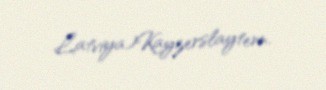
Latviya)Kayzerslaytern.